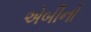
એબીનો